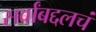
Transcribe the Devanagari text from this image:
सर्वांबद्दलचं